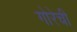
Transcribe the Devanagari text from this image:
गोरेची